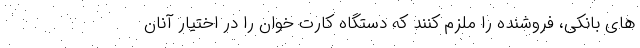
های بانکی، فروشنده را ملزم کنند که دستگاه کارت خوان را در اختیار آنان